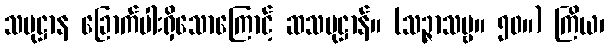
သမုဋ္ဌာန ခြောက်ပါးရှိသောကြောင့် ဆသမုဋ္ဌာန်။ (သဉ္ဇာသဗ္ဗ။ ၅၀။) ကြိယ၊